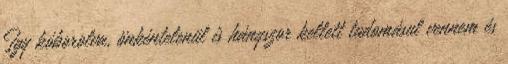
Így kóborolva, önkéntelenül is hányszor kellett tudomásul vennem és